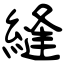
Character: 縫